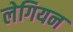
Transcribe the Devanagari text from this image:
लेगियन